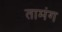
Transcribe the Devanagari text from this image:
तामंग